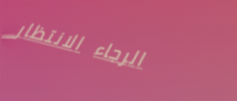
الرجاء الانتظار